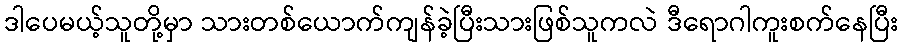
ဒါပေမယ့်သူတို့မှာ သားတစ်ယောက်ကျန်ခဲ့ပြီးသားဖြစ်သူကလဲ ဒီရောဂါကူးစက်နေပြီး